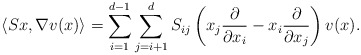
\begin{align*} \left\langle Sx,\nabla v(x)\right\rangle=\sum_{i=1}^{d-1}\sum_{j=i+1}^{d}S_{ij}\left(x_j\frac{\partial}{\partial x_i}-x_i\frac{\partial}{\partial x_j}\right)v(x).\end{align*}